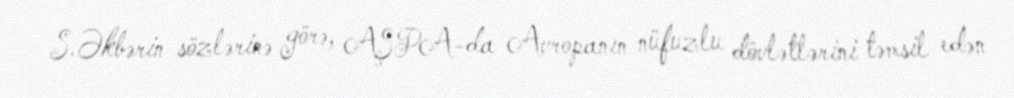
S.Əkbərin sözlərinə görə, AŞPA-da Avropanın nüfuzlu dövlətlərini təmsil edən